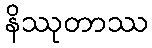
နိဿုတာဿ